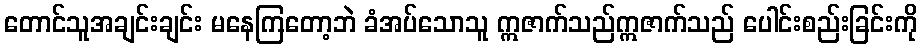
တောင်သူအချင်းချင်း မနေကြတော့ဘဲ ခံအပ်သောသူ ဣဇာက်သည်ဣဇာက်သည် ပေါင်းစည်းခြင်းကို